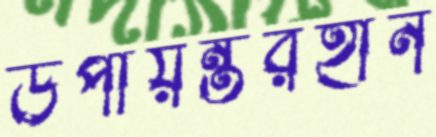
উপায়ন্তরহীন